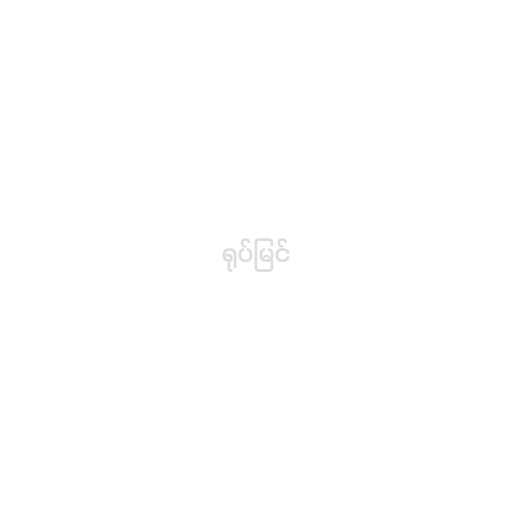
ရုပ်မြင်